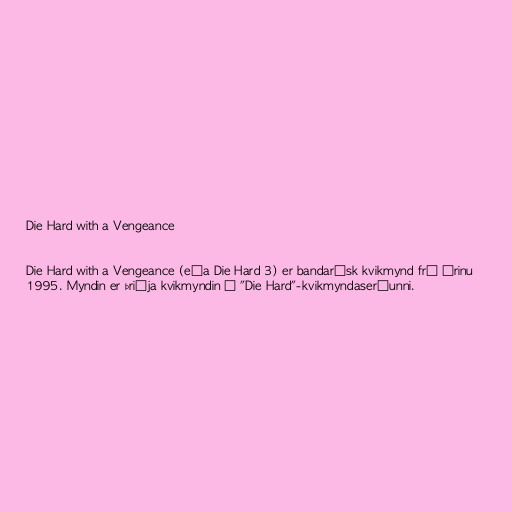
Die Hard with a Vengeance

Die Hard with a Vengeance (eða Die Hard 3) er bandarísk kvikmynd frá árinu
1995. Myndin er þriðja kvikmyndin í "Die Hard"-kvikmyndaseríunni.